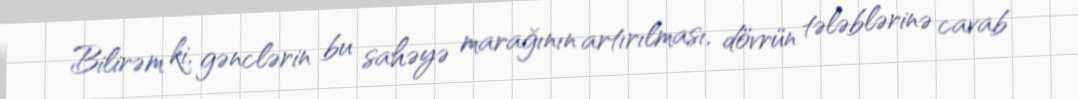
Bilirəm ki, gənclərin bu sahəyə marağının artırılması, dövrün tələblərinə cavab